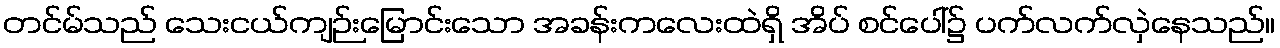
တင်မ်သည် သေးငယ်ကျဉ်းမြောင်းသော အခန်းကလေးထဲရှိ အိပ် စင်ပေါ်၌ ပက်လက်လှဲနေသည်။